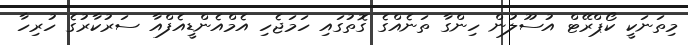
މިތަނަކީ ކޯޕްރޭޓް އުސޫލުން ހިންގާ ތަނެއްގެ ގޮތުގައި ހަމަޖެހި އެމްއެންޑީއެފްއާ ސަރުކާރުގެ ހުރިހާ